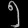
Digit: ၅